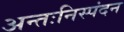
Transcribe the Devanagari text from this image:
अन्तःनिस्पंदन